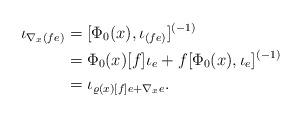
LaTeX: \begin{align*} \iota_{\nabla_x(fe)}&=[\Phi_0(x), \iota_{(fe)}]^{(-1)}\\&=\Phi_0(x)[f]\iota_e + f[\Phi_0(x), \iota_e]^{(-1)}\\&=\iota_{\varrho(x)[f]e + \nabla_xe}.\end{align*}